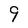
Character: 9